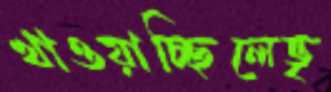
খাওয়াচ্ছিলেভৃ